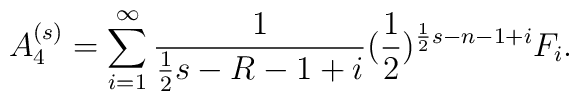
A^{(s)}_4=\sum _{i=1}^{\infty}\frac{1}{\frac{1}{2}s-R-1+i}(\frac{1}{2})^{\frac{1}{2}s-n-1+i}F_i.